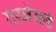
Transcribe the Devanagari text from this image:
गरजेकडे